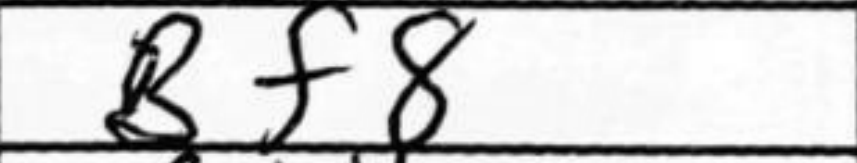
Transcription: Bf8